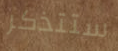
ستتذكر